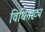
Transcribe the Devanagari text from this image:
विधिनाट्य